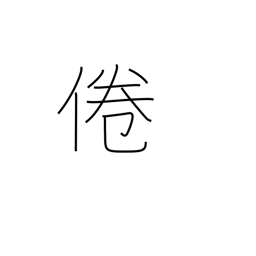
Meaning: lose interest in